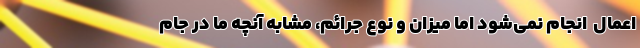
اعمال ‌ انجام نمی‌شود اما میزان و نوع جرائم، مشابه آنچه ما در جام